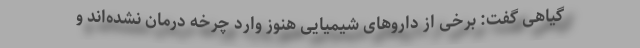
گیاهی گفت: برخی از داروهای شیمیایی هنوز وارد چرخه درمان نشده‌اند و